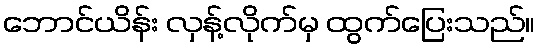
ဘောင်ယိန်း လှန့်လိုက်မှ ထွက်ပြေးသည်။